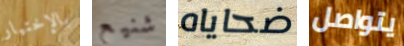
بالإختيار شنيع ضحاياه يتواصل